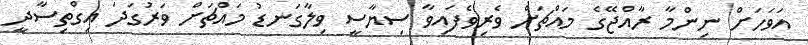
އަވަހަށް ނިންމާ ރާއްޖޭގެ މައްޗަށް ވެރިވެފައިވާ ސިޔާސީ ވިލާގަނޑު މައްޗަށް ވަރުގަދަ އިގްތިސާދީ